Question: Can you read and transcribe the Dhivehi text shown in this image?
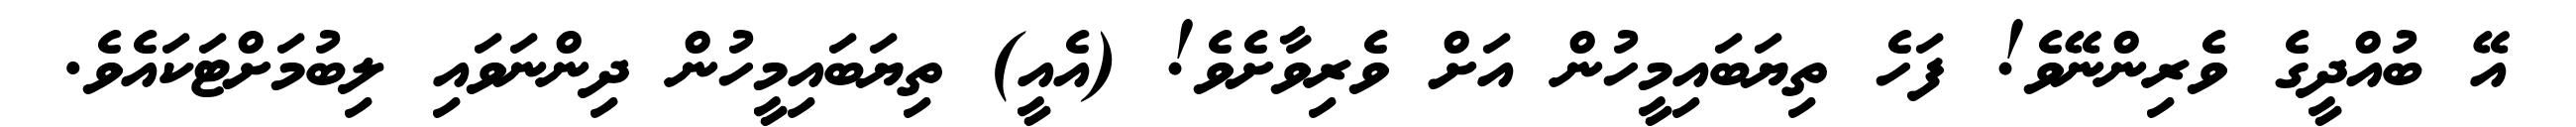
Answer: އޭ ބުއްދީގެ ވެރިންނޭވެ! ފަހެ ތިޔަބައިމީހުން އަށް ވެރިވާށެވެ! (އެއީ) ތިޔަބައިމީހުން ދިންނަވައި ލިބުމަށްޓަކައެވެ.